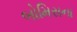
બોમિસના